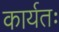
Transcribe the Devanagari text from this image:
कार्यतः